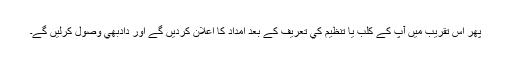
پھر اس تقريب ميں آپ کے کلب يا تنظيم کي تعريف کے بعد امداد کا اعلان کرديں گے اور دادبھي وصول کرليں گے۔